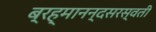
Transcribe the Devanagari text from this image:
ब्रह्मानन्दसरस्वती